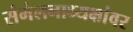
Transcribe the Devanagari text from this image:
संमेलनाध्यक्षांवर